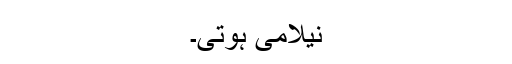
نیلامی ہوتی۔